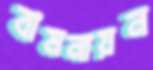
বামনায়ন